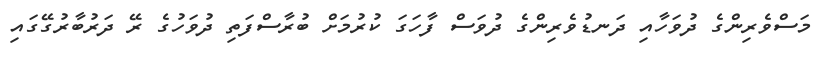
މަސްވެރިންގެ ދުވަހާއި ދަނޑުވެރިންގެ ދުވަސް ފާހަގަ ކުރުމަށް ބުރާސްފަތި ދުވަހުގެ ރޭ ދަރުބާރުގޭގައި